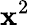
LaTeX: \mathbf{x}^{2}